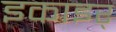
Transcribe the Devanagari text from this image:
इकाइर्